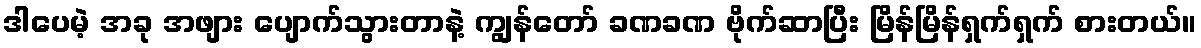
ဒါပေမဲ့ အခု အဖျား ပျောက်သွားတာနဲ့ ကျွန်တော် ခဏခဏ ဗိုက်ဆာပြီး မြိန်မြိန်ရှက်ရှက် စားတယ်။